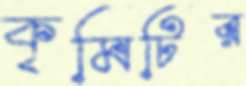
কৃমিটির